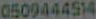
0509444514